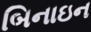
બિનાઇન